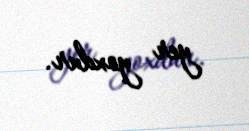
yer yoxdur.